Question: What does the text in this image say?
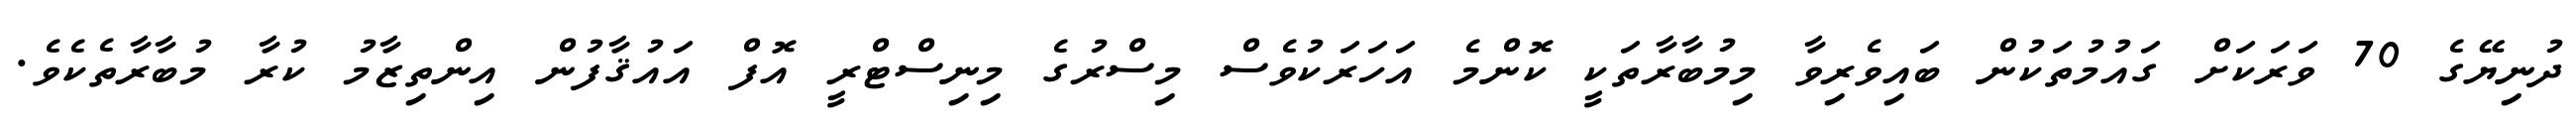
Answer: ދުނިޔޭގެ 70 ވަރަކަށް ގައުމުތަކުން ބައިވެރިވާ މިމުބާރާތަކީ ކޮންމެ އަހަރަކުވެސް މިސްރުގެ މިނިސްޓްރީ އޮފް އައުޤާފުން އިންތިޒާމު ކުރާ މުބާރާތެކެވެ.